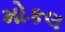
મોકલ